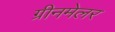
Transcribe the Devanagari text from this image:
ग्रीनमेलर